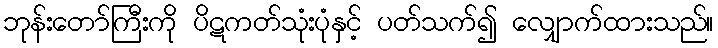
ဘုန်းတော်ကြီးကို ပိဋကတ်သုံးပုံနှင့် ပတ်သက်၍ လျှောက်ထားသည်။